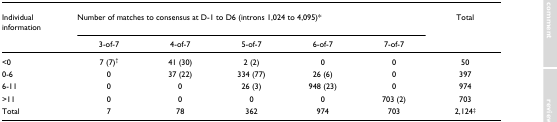
<table><thead><tr><td><b>Individual information</b></td><td colspan="5"><b>Number of matches to consensus at D-1 to D6 (introns 1,024 to 4,095)*</b></td><td><b>Total</b></td></tr><tr><td></td><td><b>3-of-7</b></td><td><b>4-of-7</b></td><td><b>5-of-7</b></td><td><b>6-of-7</b></td><td><b>7-of-7</b></td><td></td></tr></thead><tbody><tr><td>&lt;0</td><td>7 (7)<sup>†</sup></td><td>41 (30)</td><td>2 (2)</td><td>0</td><td>0</td><td>50</td></tr><tr><td>0-6</td><td>0</td><td>37 (22)</td><td>334 (77)</td><td>26 (6)</td><td>0</td><td>397</td></tr><tr><td>6-11</td><td>0</td><td>0</td><td>26 (3)</td><td>948 (23)</td><td>0</td><td>974</td></tr><tr><td>&gt;11</td><td>0</td><td>0</td><td>0</td><td>0</td><td>703 (2)</td><td>703</td></tr><tr><td>Total</td><td>7</td><td>78</td><td>362</td><td>974</td><td>703</td><td>2,124<sup>‡</sup></td></tr></tbody></table>